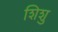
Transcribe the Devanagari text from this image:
शिशु